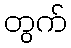
တွက်